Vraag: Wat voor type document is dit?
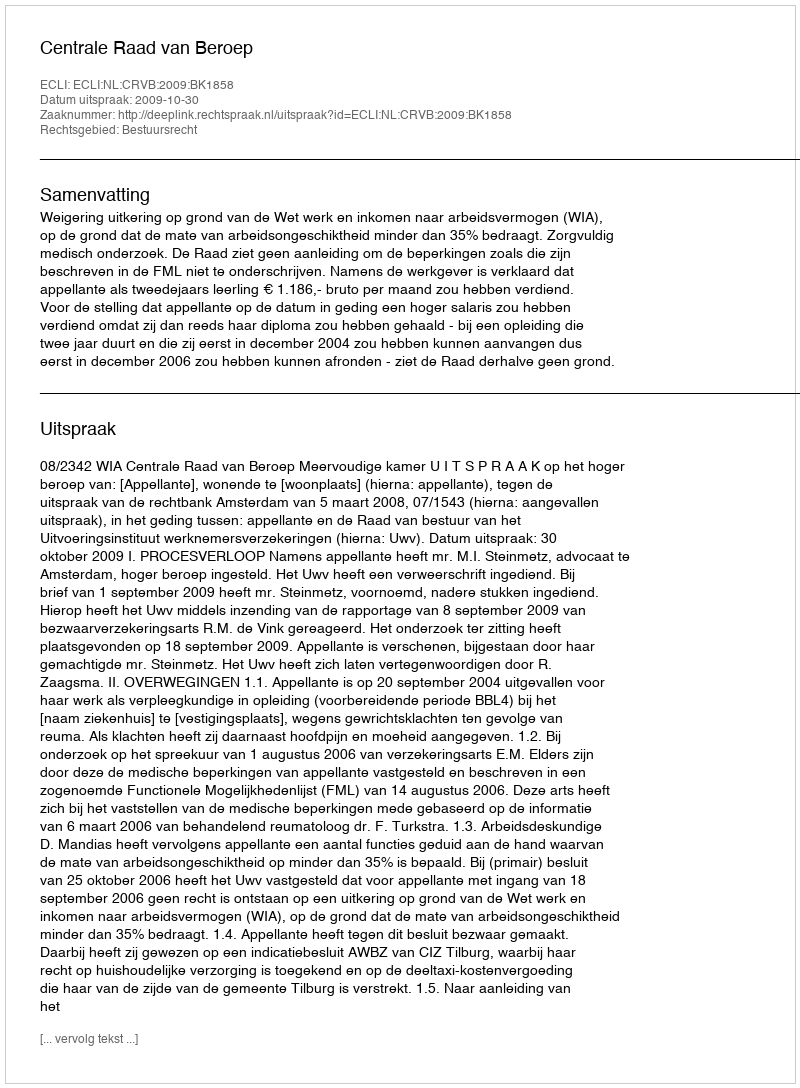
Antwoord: Uitspraak